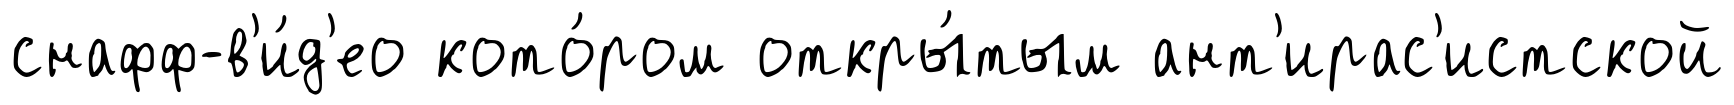
снафф-в'и́д'ео кото́ром откры́тым ант'ирас'истской